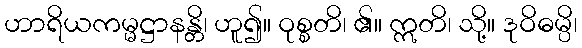
ဟာရိယကမ္မဋ္ဌာနန္တိ၊ ဟူ၍။ ဝုစ္စတိ၊ ၏။ ဣတိ၊ သို့။ ဒုဝိဓမ္ပိ၊